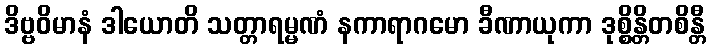
ဒိဗ္ဗဝိမာနံ ဒါယောတိ သတ္တာရမ္မဏံ နကာရာဂမော ခီဏာယုကာ ဒုစ္စိန္တိတစိန္တီ